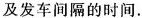
及发车间隔的时间.